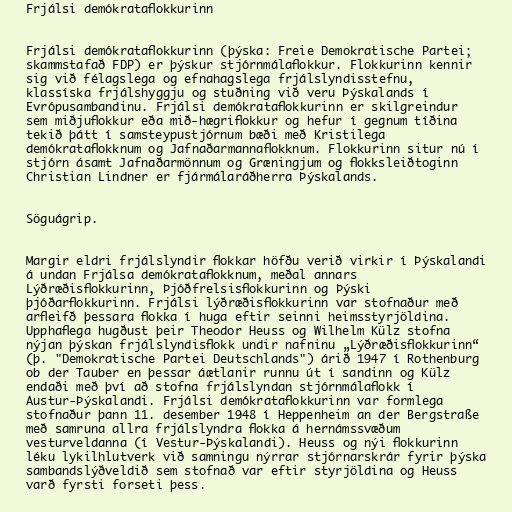
Frjálsi demókrataflokkurinn

Frjálsi demókrataflokkurinn (þýska: Freie Demokratische Partei;
skammstafað FDP) er þýskur stjórnmálaflokkur. Flokkurinn kennir
sig við félagslega og efnahagslega frjálslyndisstefnu,
klassíska frjálshyggju og stuðning við veru Þýskalands í
Evrópusambandinu. Frjálsi demókrataflokkurinn er skilgreindur
sem miðjuflokkur eða mið-hægriflokkur og hefur í gegnum tíðina
tekið þátt í samsteypustjórnum bæði með Kristilega
demókrataflokknum og Jafnaðarmannaflokknum. Flokkurinn situr nú í
stjórn ásamt Jafnaðarmönnum og Græningjum og flokksleiðtoginn
Christian Lindner er fjármálaráðherra Þýskalands.

Söguágrip.

Margir eldri frjálslyndir flokkar höfðu verið virkir í Þýskalandi
á undan Frjálsa demókrataflokknum, meðal annars
Lýðræðisflokkurinn, Þjóðfrelsisflokkurinn og Þýski
þjóðarflokkurinn. Frjálsi lýðræðisflokkurinn var stofnaður með
arfleifð þessara flokka í huga eftir seinni heimsstyrjöldina.
Upphaflega hugðust þeir Theodor Heuss og Wilhelm Külz stofna
nýjan þýskan frjálslyndisflokk undir nafninu „Lýðræðisflokkurinn“
(þ. "Demokratische Partei Deutschlands") árið 1947 í Rothenburg
ob der Tauber en þessar áætlanir runnu út í sandinn og Külz
endaði með því að stofna frjálslyndan stjórnmálaflokk í
Austur-Þýskalandi. Frjálsi demókrataflokkurinn var formlega
stofnaður þann 11. desember 1948 í Heppenheim an der Bergstraße
með samruna allra frjálslyndra flokka á hernámssvæðum
vesturveldanna (í Vestur-Þýskalandi). Heuss og nýi flokkurinn
léku lykilhlutverk við samningu nýrrar stjórnarskrár fyrir þýska
sambandslýðveldið sem stofnað var eftir styrjöldina og Heuss
varð fyrsti forseti þess.